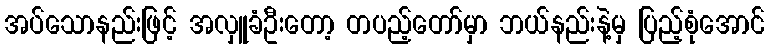
အပ်သောနည်းဖြင့် အလှူခံဦးတော့ တပည့်တော်မှာ ဘယ်နည်းနဲ့မှ ပြည့်စုံအောင်